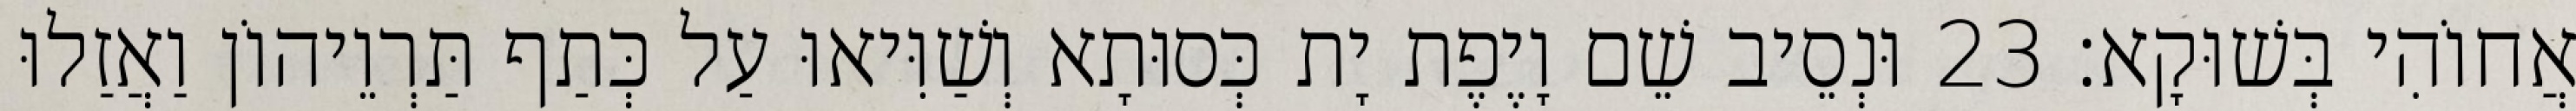
אֲחוֹהִי בְּשׁוּקָא׃ 23 וּנְסֵיב שֵׁם וָיֶפֶת יָת כְּסוּתָא וְשַׁוִּיאוּ עַל כְּתַף תַּרְוֵיהוֹן וַאֲזַלוּ